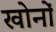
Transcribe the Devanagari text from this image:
खोनों